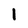
Character: I